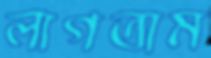
লাগতাম